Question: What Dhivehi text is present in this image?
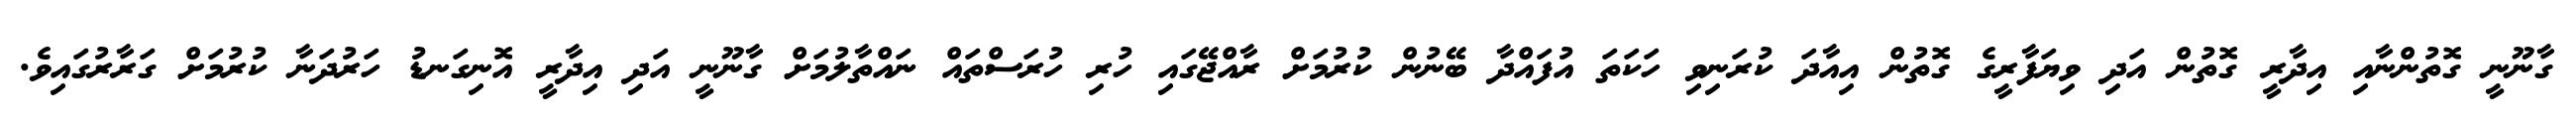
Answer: ގާނޫނީ ގޮތުންނާއި އިދާރީ ގޮތުން އަދި ވިޔަފާރީގެ ގޮތުން އިއާދަ ކުރަނިވި ހަކަތަ އުފައްދާ ބޭނުން ކުރުމަށް ރާއްޖޭގައި ހުރި ހުރަސްތައް ނައްތާލުމަށް ގާނޫނީ އަދި އިދާރީ އޮނިގަނޑު ހަރުދަނާ ކުރުމަށް ގަރާރުގައިވެ.